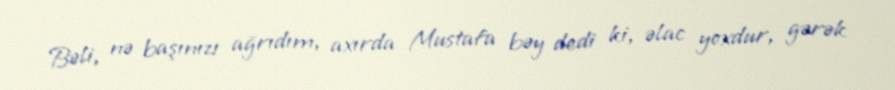
Bəli, nə başınızı ağrıdım, axırda Mustafa bəy dedi ki, əlac yoxdur, gərək